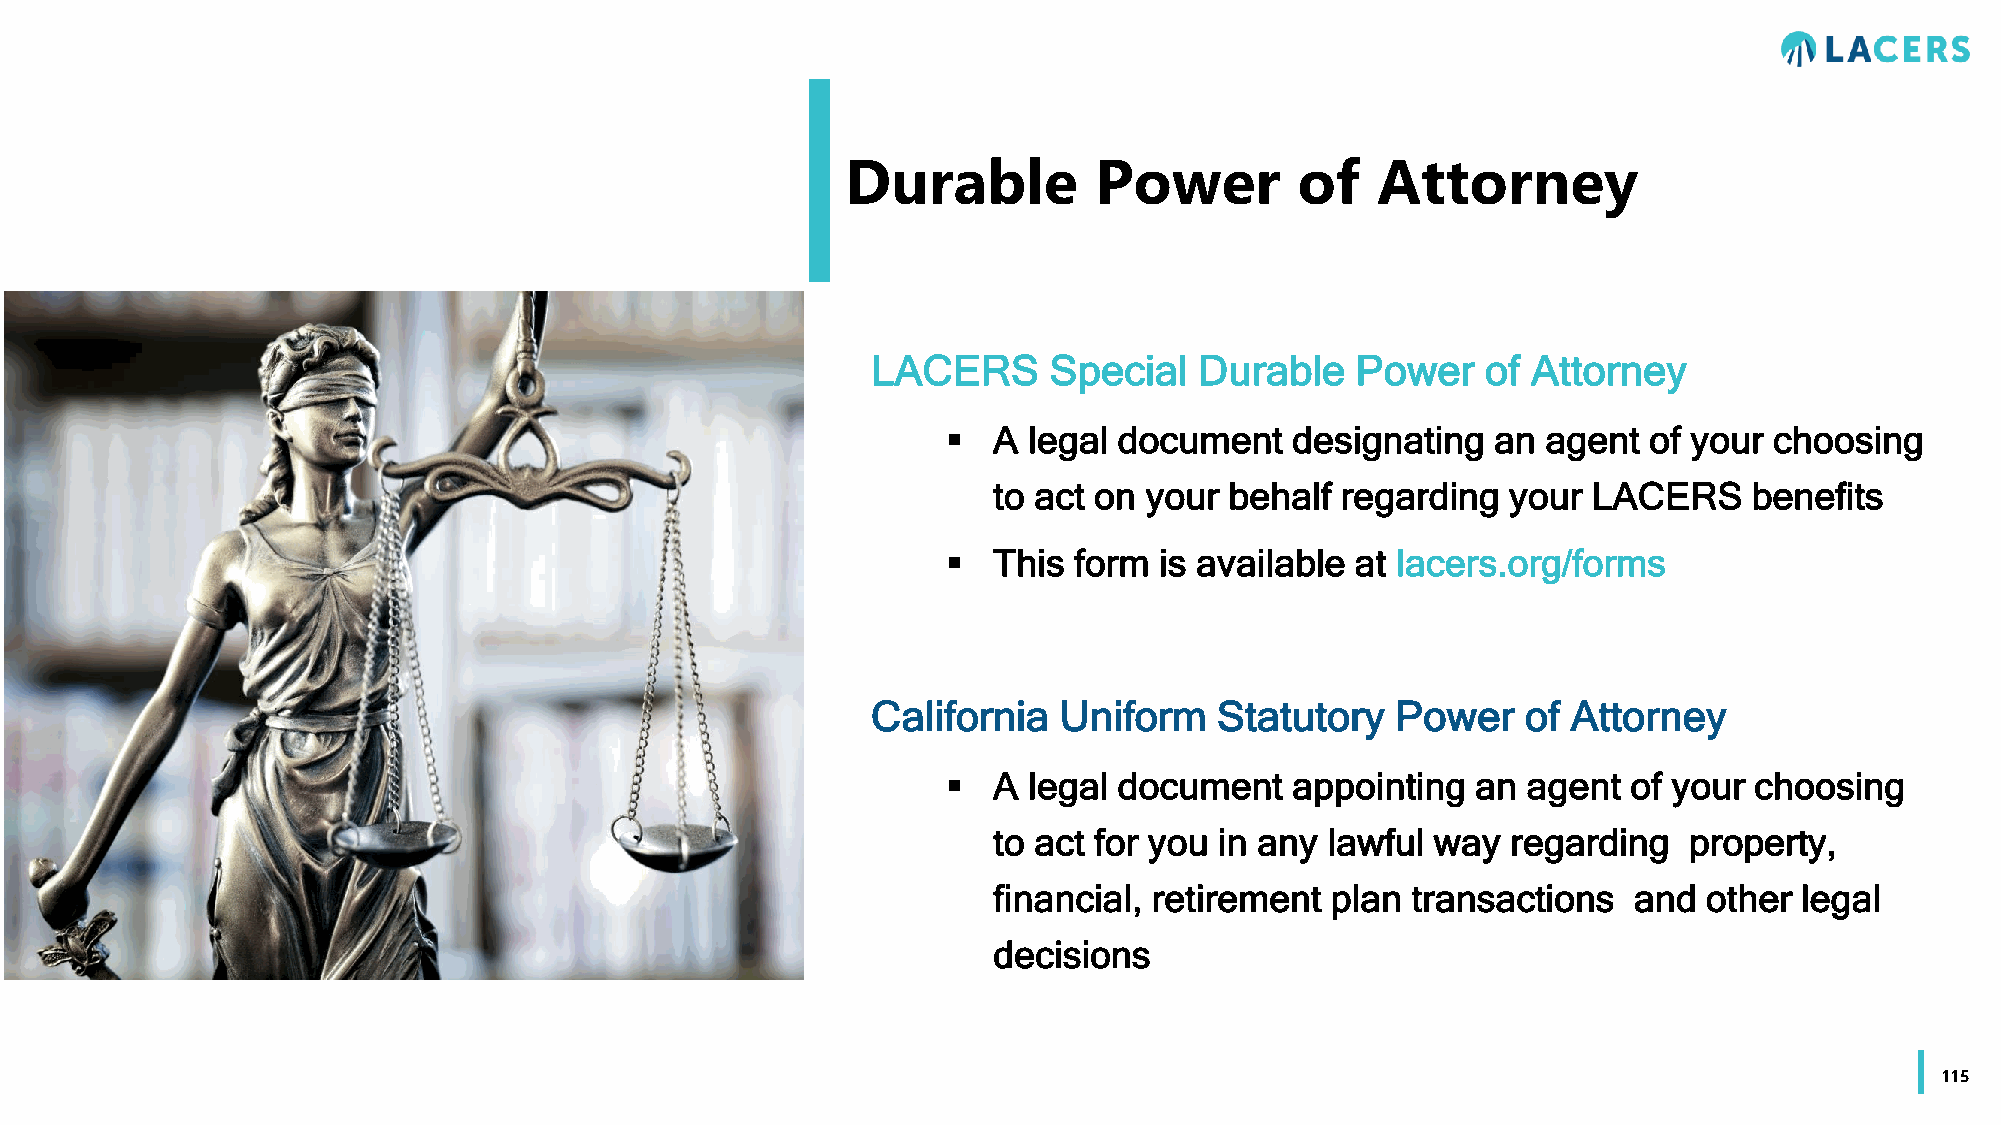
Durable         Power         of   Attorney
 LACERS     Special   Durable    Power   of Attorney
   A legal document    designating  an agent  of your choosing
 to act on your behalf  regarding  your LACERS     benefits
   This form  is available at lacers.org/forms
 California  Uniform    Statutory  Power    of Attorney
   A legal document    appointing  an agent  of your choosing
 to act for you in any lawful way  regarding   property,
 financial, retirement plan transactions   and  other legal
 decisions
 115